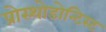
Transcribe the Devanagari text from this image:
प्रोस्थोडोन्टिस्ट